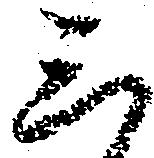
三